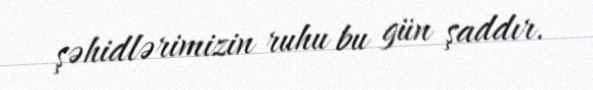
şəhidlərimizin ruhu bu gün şaddır.